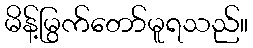
မိန့်မြွက်တော်မူရသည်။